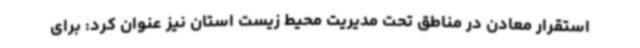
استقرار معادن در مناطق تحت مدیریت محیط زیست استان نیز عنوان کرد: برای